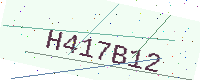
Text: H417B12